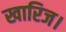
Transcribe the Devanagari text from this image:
खारिज।